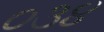
૦૩૪